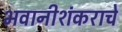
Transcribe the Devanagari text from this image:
भवानीशंकराचे